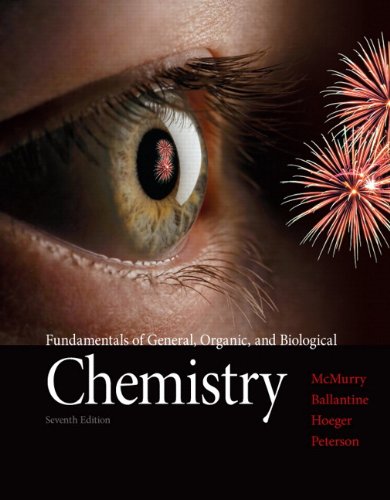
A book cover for Fundamentals of General, Organic, and Biological Chemistry (7th Edition); John E. McMurry; Science & Math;